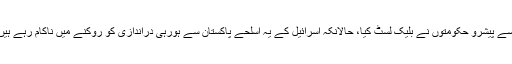
اسے پیشرو حکومتوں نے بلیک لسٹ کیا، حالانکہ اسرائیل کے یہ اسلحے پاکستان سے ہورہی دراندازی کو روکنے میں ناکام رہے ہیں۔